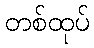
တစ်ထုပ်